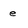
Character: e